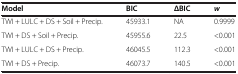
| Model | BIC | ΔBIC | w |
 | --- | --- | --- | --- |
 | TWI + LULC + DS + Soil + Precip. | 45933.1 | NA | 0.9999 |
 | TWI + DS + Soil + Precip. | 45955.6 | 22.5 | <0.001 |
 | TWI + LULC + DS + Precip. | 46045.5 | 112.3 | <0.001 |
 | TWI + DS + Precip. | 46073.7 | 140.5 | <0.001 |